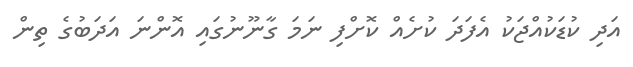
އަދި ކުޑަކުއްޖަކު އެފަދަ ކުށެއް ކޮށްފި ނަމަ ގާނޫނުގައި އޮންނަ އަދަބުގެ ތިން